EELK_Kanepi_kogudus, lk 16
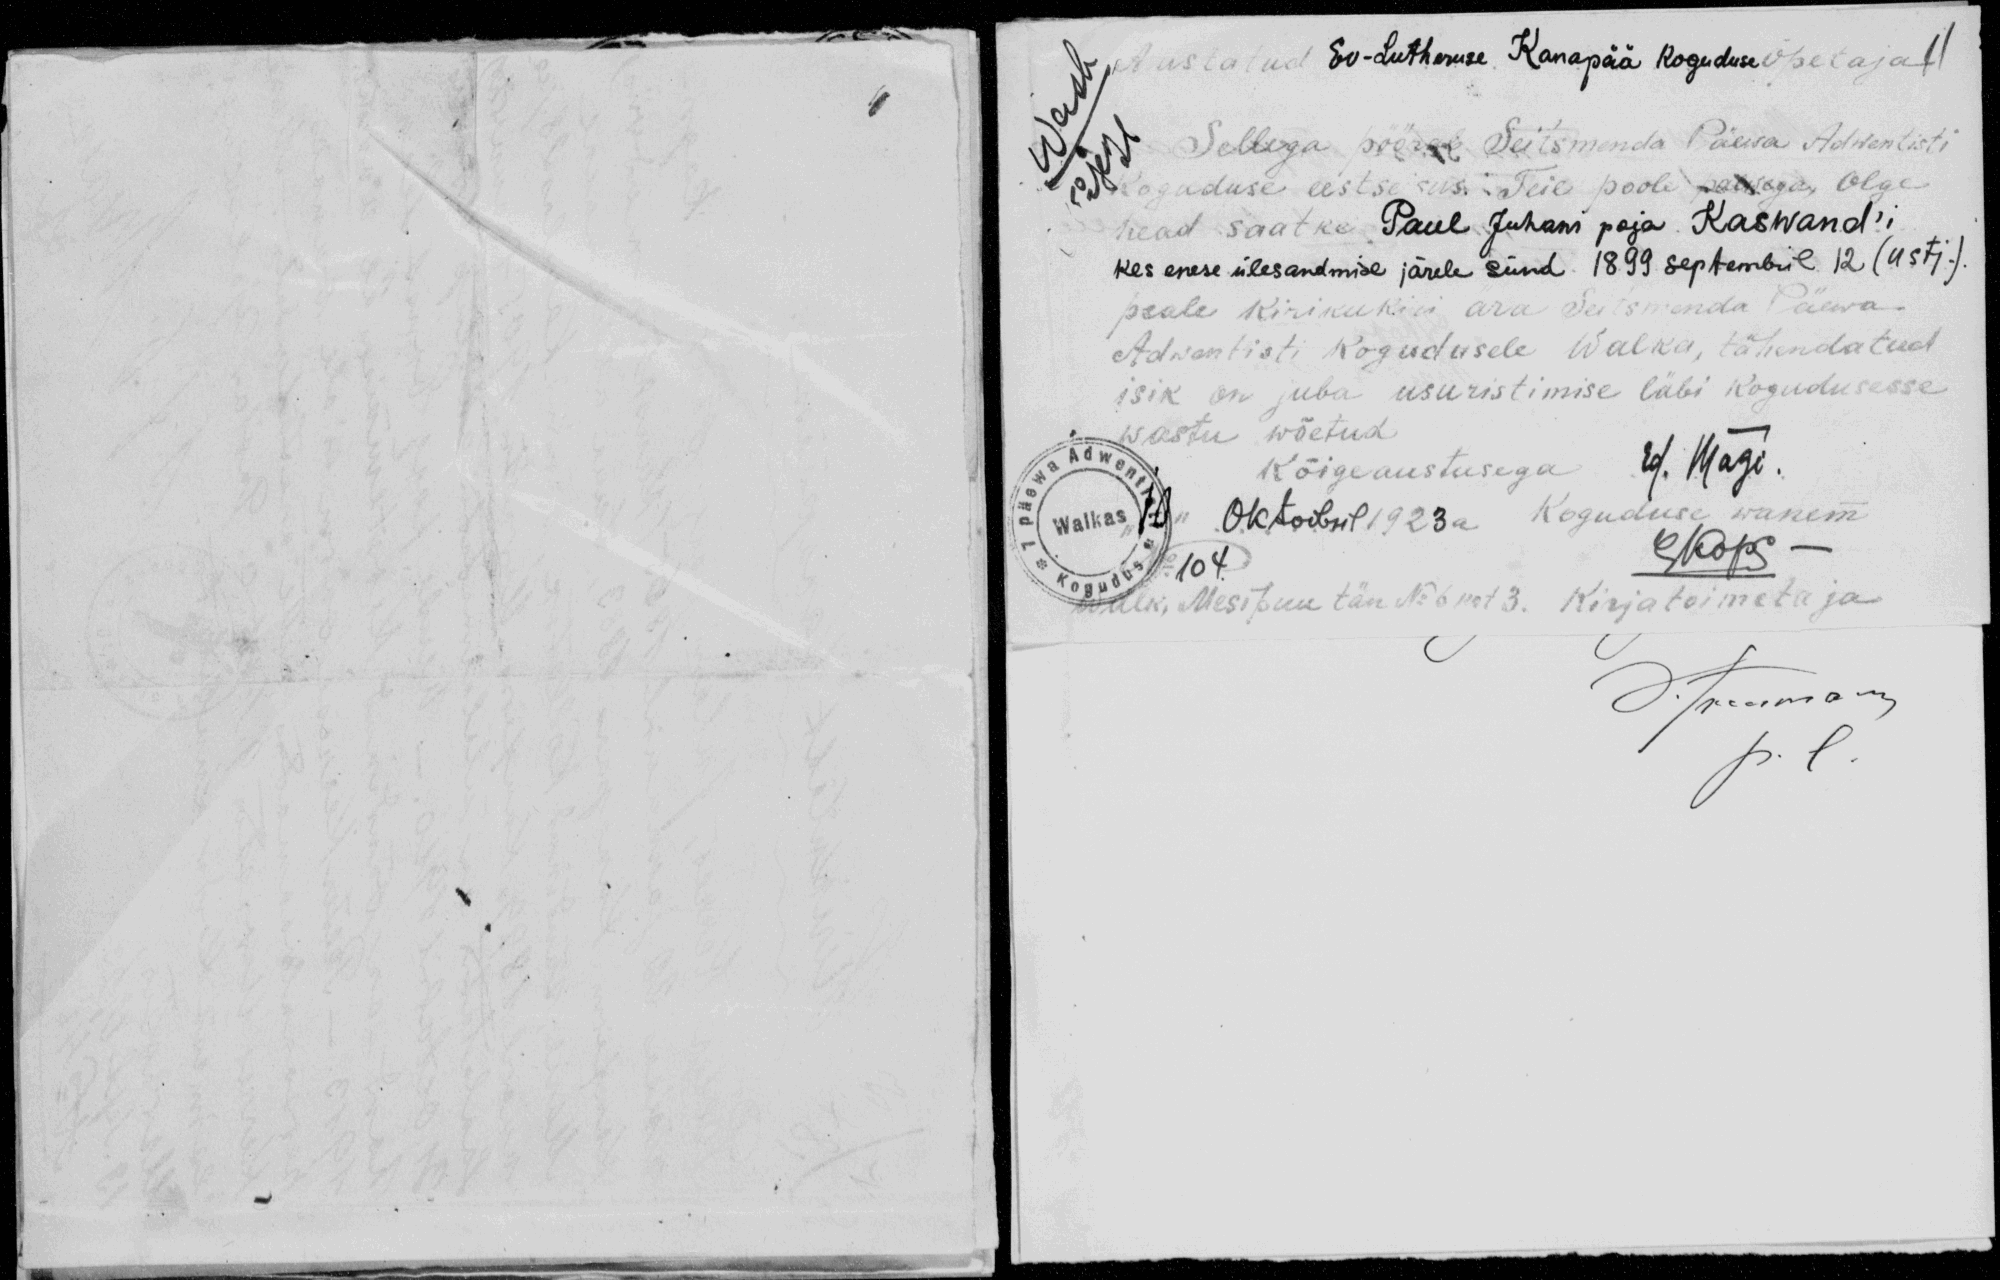
Austatud Ev-Lutheruse Kanapää koguduse õpetaja
Sellega pöörab Seitsmenda Päewa Adwentisti
Koguduse eestseisus Teie poole palwega, Olge
head saatke Paul Juhani poja Kaswand´i
kes enese ülesandmise järele sünd 1899 septembril 12 (ustj).
peale kirikukiri ära Seitsmenda Päewa
Adwentisti Kogudusele Walka, tähendatud
isik on juba usuristimise läbi kogudusesse
wastu wõetud
Kõigeaustusega Ed. Mägi.
10 Oktoobril 1923a. Koguduse wanem
Walk, Mesipuu tän No 6 krt 3. Kirjatoimetaja